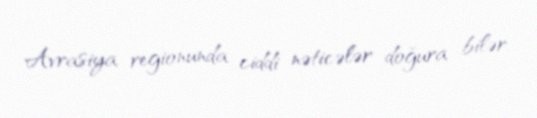
Avrasiya regionunda ciddi nəticələr doğura bilər.